Rangoon Lunatic Asylum 1878-1892 - 1878-1892
Year: 1878
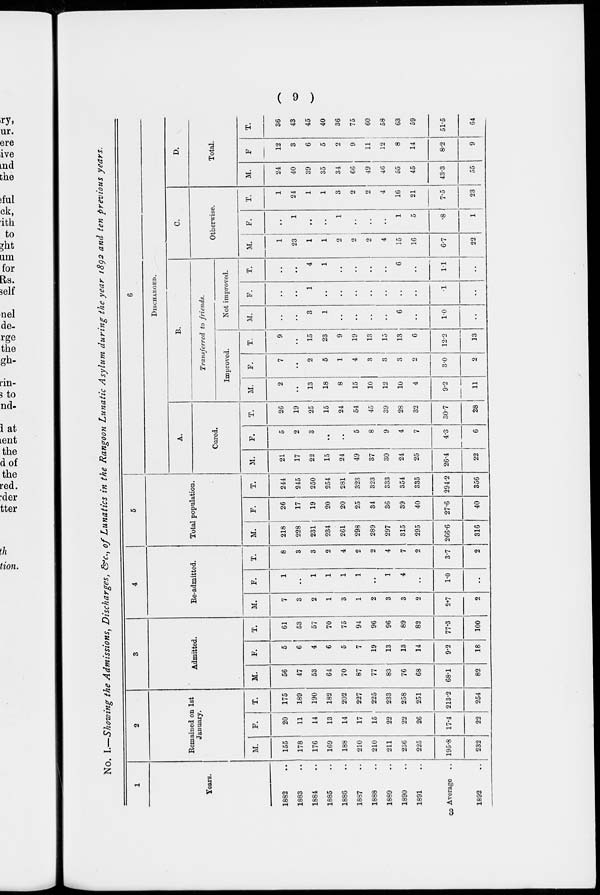
( 9 )
No. I.—Showing the Admissions, Discharges, &c., of Lunatics in the Rangoon Lunatic Asylum during the year 1892 and ten previous years.
1
Years.
1882 ..
1883 ..
1884 ..
1885 ..
1886 ..
1887 ..
1888 ..
1889 ..
1890 ..
1891 ..
Average ..
1892 ..
2
Remained on 1st
January.
M.
155
178
176
169
188
210
210
211
236
225
195.8
232
F.
20
11
14
13
14
17
15
22
22
26
17.4
22
T.
175
189
190
182
202
227
225
233
258
251
213.2
254
3
Admitted.
M.
56
47
53
64
70
87
77
83
76
68
68.1
82
F.
5
6
4
6
5
7
19
13
13
14
9.2
18
T.
61
53
57
70
75
94
96
96
89
82
77.3
100
4
Re-admitted.
M.
7
3
2
1
3
1
2
3
3
2
2.7
2
F.
1
..
1
1
1
1
..
1
4
..
1.0
..
T.
8
3
3
2
4
2
2
4
7
2
3.7
2
5
Total population.
M.
218
228
231
234
261
298
289
297
315
295
266.6
316
F.
26
17
19
20
20
25
34
36
39
40
27.6
40
T.
244
245
250
254
281
323
323
333
354
335
294.2
356
6
DISCHARGED.
A.
Cured.
M.
21
17
22
15
24
49
37
30
24
25
26.4
22
F.
5
2
3
..
..
5
8
9
4
7
4.3
6
T.
26
19
25
15
24
54
45
39
28
32
30.7
28
B.
Transferred to friends.
Improved.
M.
2
..
13
18
8
15
10
12
10
4
9.2
11
F.
7
..
2
5
1
4
3
3
3
2
3.0
2
T.
9
..
15
23
9
19
13
15
13
6
12.2
13
Not improved.
M.
..
..
3
1
..
..
..
..
6
..
1.0
..
F.
..
..
1
..
..
..
..
..
..
..
.1
..
T.
..
..
4
1
..
..
..
..
6
..
1.1
..
C.
Otherwise.
M.
1
23
1
1
2
2
2
4
15
16
6.7
22
F.
..
1
..
..
1
..
..
..
1
5
.8
1
T.
1
24
1
1
3
2
2
4
16
21
7.5
23
D.
Total.
M.
24
40
39
35
34
66
49
46
55
45
43.3
55
F.
12
3
6
5
2
9
11
12
8
14
8.2
9
T.
36
43
45
40
36
75
60
58
63
59
51.5
64
3